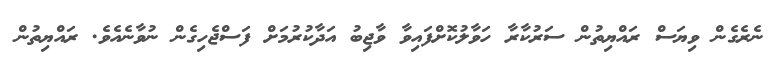
ނެރެގެން ވިޔަސް ރައްޔިތުން ސަރުކާރާ ހަވާލުކޮށްފައިވާ ވާޖިބު އަދާކުރުމަށް ފަސްޖެހިގެން ނުވާނެއެވެ. ރައްޔިތުން